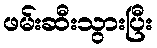
ဖမ်းဆီးသွားပြီး